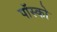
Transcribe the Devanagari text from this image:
पॉस्को